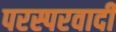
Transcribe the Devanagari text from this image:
परस्परवादी